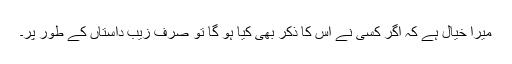
میرا خیال ہے کہ اگر کسی نے اس کا ذکر بھی کیا ہو گا تو صرف زیب داستاں کے طور پر۔